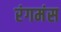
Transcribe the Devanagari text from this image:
रंगमंस